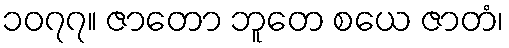
၁၀၇၇။ ဇာတော ဘူတေ စယေ ဇာတံ၊